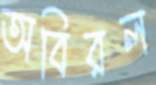
অবিরল